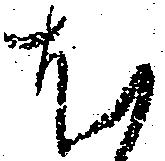
尤